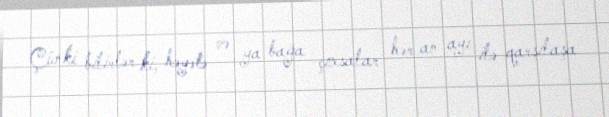
Çünki bilirlər ki, həyətə və ya bağa çıxsalar hər an ayı ilə qarşılaşa